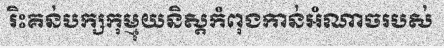
រិះគន់បក្សកុម្មុយនិស្តកំពុងកាន់អំណាចរបស់